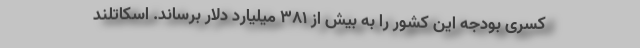
کسری بودجه این کشور را به بیش از ۳۸۱ میلیارد دلار برساند. اسکاتلند